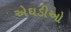
એઘડીઓ